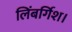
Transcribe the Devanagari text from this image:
लिंबर्गिश।